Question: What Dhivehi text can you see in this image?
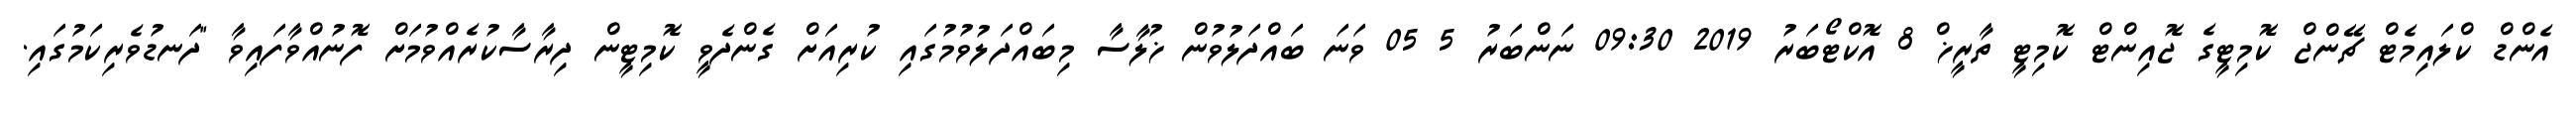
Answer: އެންޑް ކްލައިމެޓް ޗޭންޖް ކޮމިޓީގެ ޖޮއިންޓް ކޮމިޓީ ތާރީޚް 8 އޮކްޓޯބަރު 2019 09:30 ނަންބަރު 5 05 ވަނަ ބައްދަލުވުން ޚުލާސާ މިބައްދަލުވުމުގައި ކުރިއަށް ގެންދެވީ ކޮމިޓީން ދިރާސާކުރެއްވުމަށް ފޮނުއްވާފައިވާ "ދަނޑުވެރިކަމުގައި.